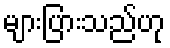
များပြားသည်ဟု